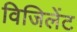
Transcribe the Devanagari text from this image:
विजिलेंट